Lock hospitals Punjab
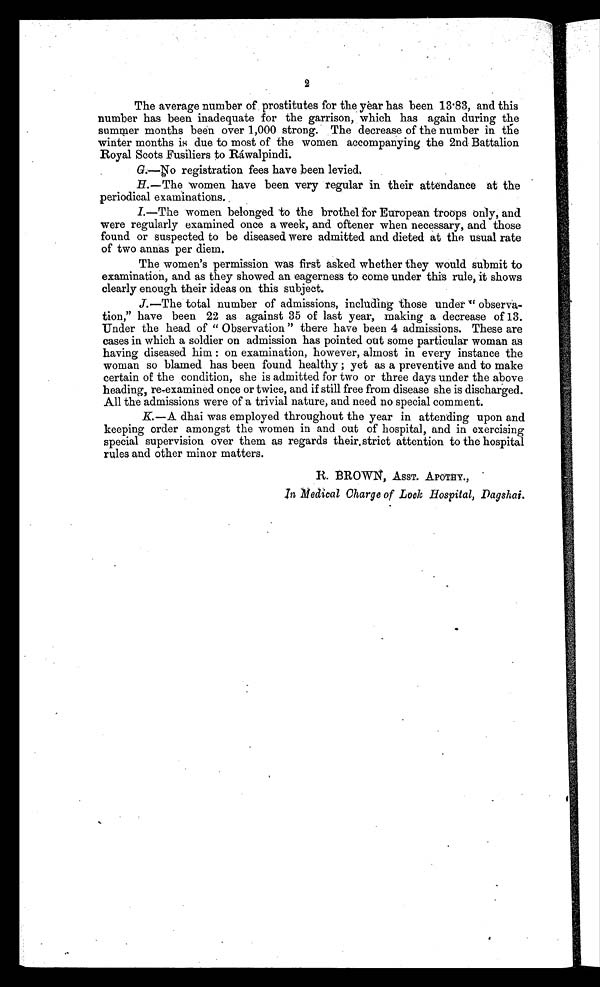
2
The average number of prostitutes for the year has been 13.83, and this
number has been inadequate for the garrison, which has again during the
summer months been over 1,000 strong. The decrease of the number in. the
winter months is due to most of the women accompanying the 2nd Battalion
Royal Scots Fusiliers to Ráwalpindi.
registration fees have been levied.
H.—The women have been very regular in their attendance at the
periodical examinations. .
I.—The women belonged to the brothel for European troops only, and
were regularly examined once a week, and oftener when necessary, and those
found or suspected to be diseased were admitted and dieted at the usual rate
of two annas per diem.
The women's permission was first asked whether they would submit to
examination, and as they showed an eagerness to come under this rule, it shows
clearly enough their ideas on this subject.
J.—The total number of admissions, including those under " observa-
tion " have been 22 as against 35 of last year, making a decrease of 13.
Under the head of " Observation " there have been 4 admissions These are
cases in which a soldier on admission has pointed out some particular woman as
having diseased him : on examination, however, almost in every instance the
woman so blamed has been found healthy ; yet as a preventive and to make
certain of the condition, she is admitted for two or three days under the above
heading, re-examined once or twice, and if still free from disease she is discharged.
All the admissions were of a trivial nature, and need uo special comment.
K.—A dhai was employed throughout the year in attending upon and
keeping order amongst the women in and out of hospital, and in exercising
special supervision over them as regards their. strict attention to the hospital
rules and other minor matters.
R. BROWS, ASST. APOTHY.,
in Medical Charge of Look Hospital, Dagshai.